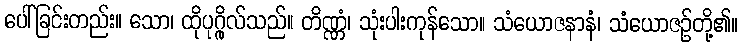
ပေါ်ခြင်းတည်း။ သော၊ ထိုပုဂ္ဂိုလ်သည်။ တိဏ္ဏံ၊ သုံးပါးကုန်သော။ သံယောဇနာနံ၊ သံယောဇဉ်တို့၏။